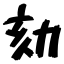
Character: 劾